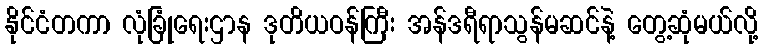
နိုင်ငံတကာ လုံခြုံရေးဌာန ဒုတိယဝန်ကြီး အန်ဒရီရာသွန်မဆင်နဲ့ တွေ့ဆုံမယ်လို့